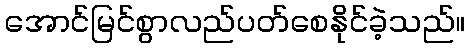
အောင်မြင်စွာလည်ပတ်စေနိုင်ခဲ့သည်။